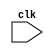
`timescale 1ns / 1ps
module core(clk);
input clk; 
parameter NOP = 8'b00000000,
            LOAD_A = 4'b0010,
            LOAD_B = 4'b0001,
            STORE_A = 4'b0100,
            ADD = 4'b1000,
            SUB = 4'b1001,
            JUMP = 4'b1010,
            JUMP_NEG = 4'b1011,
            HALT = 4'b0000;
parameter S0 = 3'b000,
          S1 = 3'b001,
          S2 = 3'b010,
          S3 = 3'b011,
          S4 = 3'b100,
          S5 = 3'b101,
          S6 = 3'b110,
          S7 = 3'b111;
reg [7:0] RAM[0:15];    //
reg [7:0] regs[0:3];    //
reg [3:0] PC;   //
reg [7:0] IFIDIR,IDEXIR,EXMEMIR,MEMWBIR;    //
reg [7:0] EXMEMALUOut;      //alu
reg [7:0] IDEXA,IDEXB;      //alu
reg [7:0] RAM_DATA;
reg [7:0] MEMWBValue;       //
reg [7:0] zero;             //0
wire [1:0] IFIDrs1,IFIDrs2;     //rs1rs2
wire [3:0] RAM_addr;
wire [3:0] IDEXop,EXMEMop,MEMWBop ; //
wire [1:0] MEMWBrd;         //
wire[7:0] Ain,Bin;          //alu
reg  [3:0]state;
wire [7:0]test_reg0,test_reg1,test_reg2,test_reg3; 
wire [7:0]test_ram13;
assign test_reg0 = regs[0];
assign test_reg1 = regs[1];
assign test_reg2 = regs[2];
assign test_reg3 = regs[3];
assign test_ram13 = RAM[13];
assign IDEXop = IDEXIR[7:4];
assign EXMEMop = EXMEMIR[7:4];
assign MEMWBop = MEMWBIR[7:4];
assign MEMWBrd = MEMWBIR[1:0];

assign IFIDrs1 = IFIDIR[3:2];
assign IFIDrs2 = IFIDIR[1:0];
assign Ain = IDEXA ;
assign Bin = IDEXB ;
assign RAM_addr = EXMEMALUOut[3:0];
initial
    begin
        state = 3'b000;
        PC = 4'b0000;
        IFIDIR = NOP;
        IDEXIR = NOP;
        IDEXA = 0;
        IDEXB = 0;
        EXMEMIR = NOP;
        EXMEMALUOut = 0;
        MEMWBIR = NOP;
        MEMWBValue = 0;

        //
        regs[0] = 8'b0000_0000;
        regs[1] = 8'b0000_0000;
        regs[2] = 8'b0000_0000;
        regs[3] = 8'b0000_0000;
    end
    
initial 
    begin
        RAM[0] = 8'b0010_1110;
        RAM[1] = 8'b0001_1111;
        RAM[2] = 8'b1000_0100;
        RAM[3] = 8'b1010_0010;
        RAM[4] = 8'b0000_0000;
        RAM[5] = 8'b0000_0000;
        RAM[6] = 8'b0000_0000;
        RAM[7] = 8'b0000_0000;
        RAM[8] = 8'b0000_0000;
        RAM[9] = 8'b0000_0000;
        RAM[10]= 8'b0000_0000;
        RAM[11]= 8'b0000_0000;
        RAM[12]= 8'b0000_0000;
        RAM[13]= 8'b0000_0000;
        RAM[14]= 8'b0000_0001;
        RAM[15]= 8'b0000_0001;
    end

always @(posedge clk)
    begin
    case (state)
    S0:
    begin
    // IFID 
    IFIDIR <= RAM[PC];  //PCIFIDIR
    if(IFIDIR == HALT)
        state <=S0;
    else
        begin
            PC <= PC + 1;       //PC+1
            state <= S1;
        end
    end

    S1:
    begin
    //IDEX
    IDEXA <= regs[IFIDrs1]; //
    IDEXB <= regs[IFIDrs2]; 
    IDEXIR <= IFIDIR;       //IDEXIR
    state <= S2;
    end

    S2:
    begin
    // EXMEM
    if (IDEXop ==  ADD)
        EXMEMALUOut <= Ain + Bin;
     else if (IDEXop ==  SUB)
        EXMEMALUOut <= Ain - Bin;
     else if (IDEXop ==HALT)
        EXMEMALUOut <= 8'b0000_0000;
    else
        EXMEMALUOut <= {4'b0000, IDEXIR[3:0]};
     EXMEMIR <=IDEXIR;
     state<= S3;
    end

    S3:
    begin
     // MEMWB
     if ((EXMEMop == ADD)||(EXMEMop  ==SUB)) MEMWBValue <= EXMEMALUOut;
     else if((EXMEMop == LOAD_A)||(EXMEMop ==LOAD_B))  MEMWBValue <= RAM[RAM_addr];
     else if (EXMEMop == STORE_A)   RAM[RAM_addr]<= regs[0];
     else if(EXMEMop == JUMP)  PC<= RAM_addr;
     else MEMWBValue <= NOP;
    MEMWBIR <= EXMEMIR;
    state <= S4;
    end

    S4:
    begin
    // WB
    case(MEMWBop)
    ADD:     regs[MEMWBrd] <= MEMWBValue;
    SUB:     regs[MEMWBrd] <= MEMWBValue;
    LOAD_A:  regs[0]       <= MEMWBValue; 
    LOAD_B:  regs[1]       <= MEMWBValue;
    endcase
    state <= S0;
    end


    endcase
    end
    

endmodule